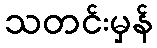
သတင်းမှန်